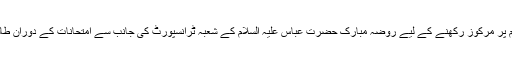
امتحانات کے دوران طالب علموں کی مشکلات کو دور کرنے اور اس اہم مراحلے میں ان کی تمام تر توجہ تعلیم پر مرکوز رکھنے کے لیے روضہ مبارک حضرت عباس علیہ السلام کے شعبہ ٹرانسپورٹ کی جانب سے امتحانات کے دوران طالب علموں کو رہائشی علاقوں سے امتحانی مراکز تک بلامعاوضہ ٹرانسپورٹ کی سہولت فراہم کی جا رہی ہے۔